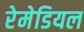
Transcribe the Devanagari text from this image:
रेमेडियल